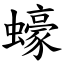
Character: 蠔